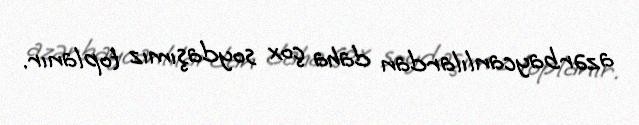
azərbaycanlılardan daha çox soydaşımız toplanır.